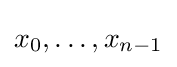
x_{0},\ldots ,x_{n-1}